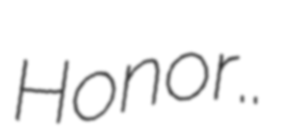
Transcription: Honor..